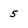
Character: 5